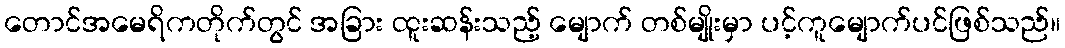
တောင်အမေရိကတိုက်တွင် အခြား ထူးဆန်းသည့် မျောက် တစ်မျိုးမှာ ပင့်ကူမျောက်ပင်ဖြစ်သည်။